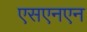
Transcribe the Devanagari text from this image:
एसएनएन